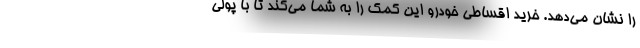
را نشان می‌دهد. خرید اقساطی خودرو این کمک را به شما می‌کند تا با پولی